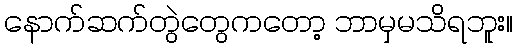
နောက်ဆက်တွဲတွေကတော့ ဘာမှမသိရဘူး။